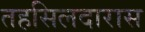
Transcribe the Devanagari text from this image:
तहसिलदारास